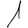
Digit: 1